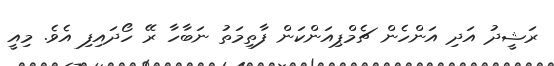
ރަޝީދު އަދި އަންހެން ޗެމްޕިއަންކަން ފާތިމަތު ނަބާހާ ރޭ ހޯދައިފި އެވެ. މިއީ